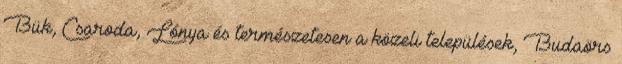
Bük, Csaroda, Lónya és természetesen a közeli települések, Budaörs